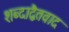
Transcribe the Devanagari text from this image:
शब्दाद्वैतवाद